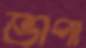
ভাপা